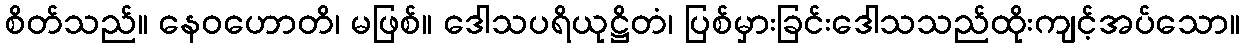
စိတ်သည်။ နေဝဟောတိ၊ မဖြစ်။ ဒေါသပရိယုဋ္ဌိတံ၊ ပြစ်မှားခြင်းဒေါသသည်ထိုးကျင့်အပ်သော။